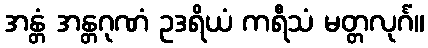
အန္တံ အန္တဂုဏံ ဥဒရိယံ ကရီသံ မတ္တလုင်္ဂံ။